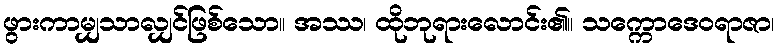
ဖွားကာမျှသာလျှင်ဖြစ်သော။ အဿ၊ ထိုဘုရားလောင်း၏။ သက္ကောဒေဝရာဇာ၊